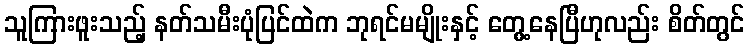
သူကြားဖူးသည့် နတ်သမီးပုံပြင်ထဲက ဘုရင်မမျိုးနှင့် တွေ့နေပြီဟုလည်း စိတ်တွင်